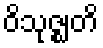
ဝိသုဇ္ဈတိ